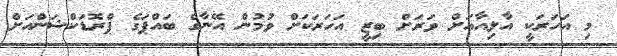
މި އަހަރަކީ އާލިއާއަށް ވަރަށް ބިޒީ އަހަރަކަށް ވުމުން އޭނާގެ ބައްޕަގެ ޕްރޮޑަކްޝަންއަށް